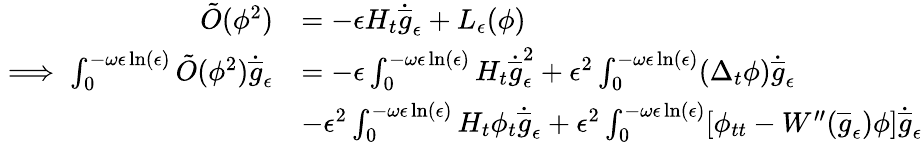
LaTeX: \begin{array}{rl}{\tilde{O}(\phi^{2})}&{=-\epsilon H_{t}\dot{\overline{{g}}}_{\epsilon}+L_{\epsilon}(\phi)}\\ {\implies\int_{0}^{-\omega\epsilon\ln(\epsilon)}\tilde{O}(\phi^{2})\dot{\overline{{g}}}_{\epsilon}}&{=-\epsilon\int_{0}^{-\omega\epsilon\ln(\epsilon)}H_{t}\dot{\overline{{g}}}_{\epsilon}^{2}+\epsilon^{2}\int_{0}^{-\omega\epsilon\ln(\epsilon)}(\Delta_{t}\phi)\dot{\overline{{g}}}_{\epsilon}}\\ &{-\epsilon^{2}\int_{0}^{-\omega\epsilon\ln(\epsilon)}H_{t}\phi_{t}\dot{\overline{{g}}}_{\epsilon}+\epsilon^{2}\int_{0}^{-\omega\epsilon\ln(\epsilon)}[\phi_{tt}-W^{\prime\prime}(\overline{{g}}_{\epsilon})\phi]\dot{\overline{{g}}}_{\epsilon}}\end{array}